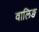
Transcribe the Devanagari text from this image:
वालिङ